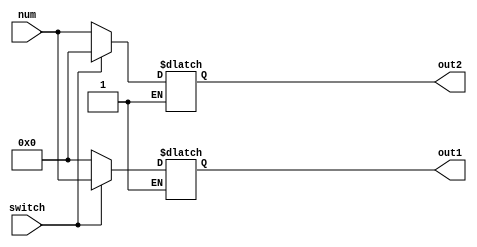
module switch_display (num, switch, out1, out2);

input [5:0] num;
input switch;
output reg [5:0] out1;
output reg [5:0] out2;

always @(num)
begin
if(switch)
begin
out1<=num;
out2<=6'b0;
end

else if (!switch)
begin
out2<=num;
out1<=6'b0;
end

end

endmodule